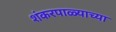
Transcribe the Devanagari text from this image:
शंकरपाळ्याच्या